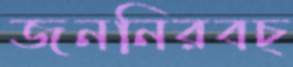
জননিরবচ্